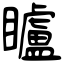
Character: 矑